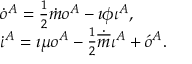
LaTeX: \begin{array} { l } { { \dot { o } ^ { A } = \frac { 1 } { 2 } \dot { m } o ^ { A } - \i \phi \iota ^ { A } , } } \\ { { \dot { \iota } ^ { A } = \i \mu o ^ { A } - \frac { 1 } { 2 } \dot { \overline { { { m } } } } \iota ^ { A } + \acute { o } ^ { A } . } } \end{array}